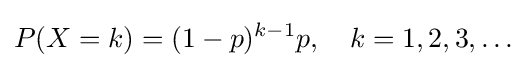
P(X=k)=(1-p)^{k-1}p,\quad k=1,2,3,\dots